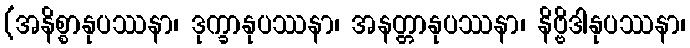
(အနိစ္စာနုပဿနာ၊ ဒုက္ခာနုပဿနာ၊ အနတ္တာနုပဿနာ၊ နိဗ္ဗိဒါနုပဿနာ၊